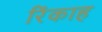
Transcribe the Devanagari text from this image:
रिंकाह